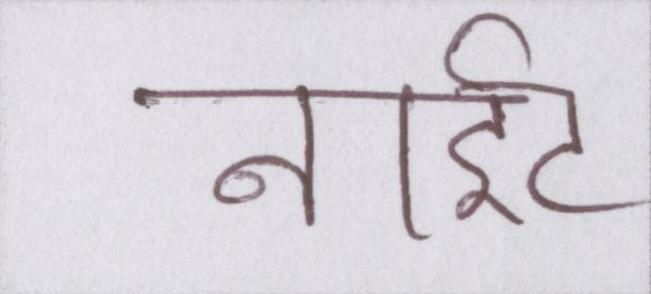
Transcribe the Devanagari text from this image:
नाईट